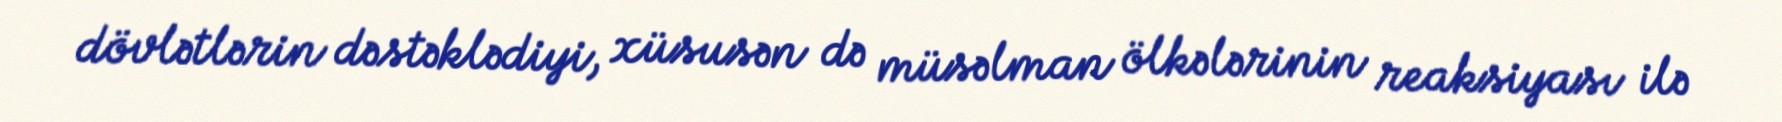
dövlətlərin dəstəklədiyi, xüsusən də müsəlman ölkələrinin reaksiyası ilə